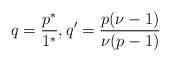
LaTeX: \begin{align*}q = \frac{p^*}{1^*}, q' = \frac{p(\nu-1)}{\nu(p-1)}\end{align*}